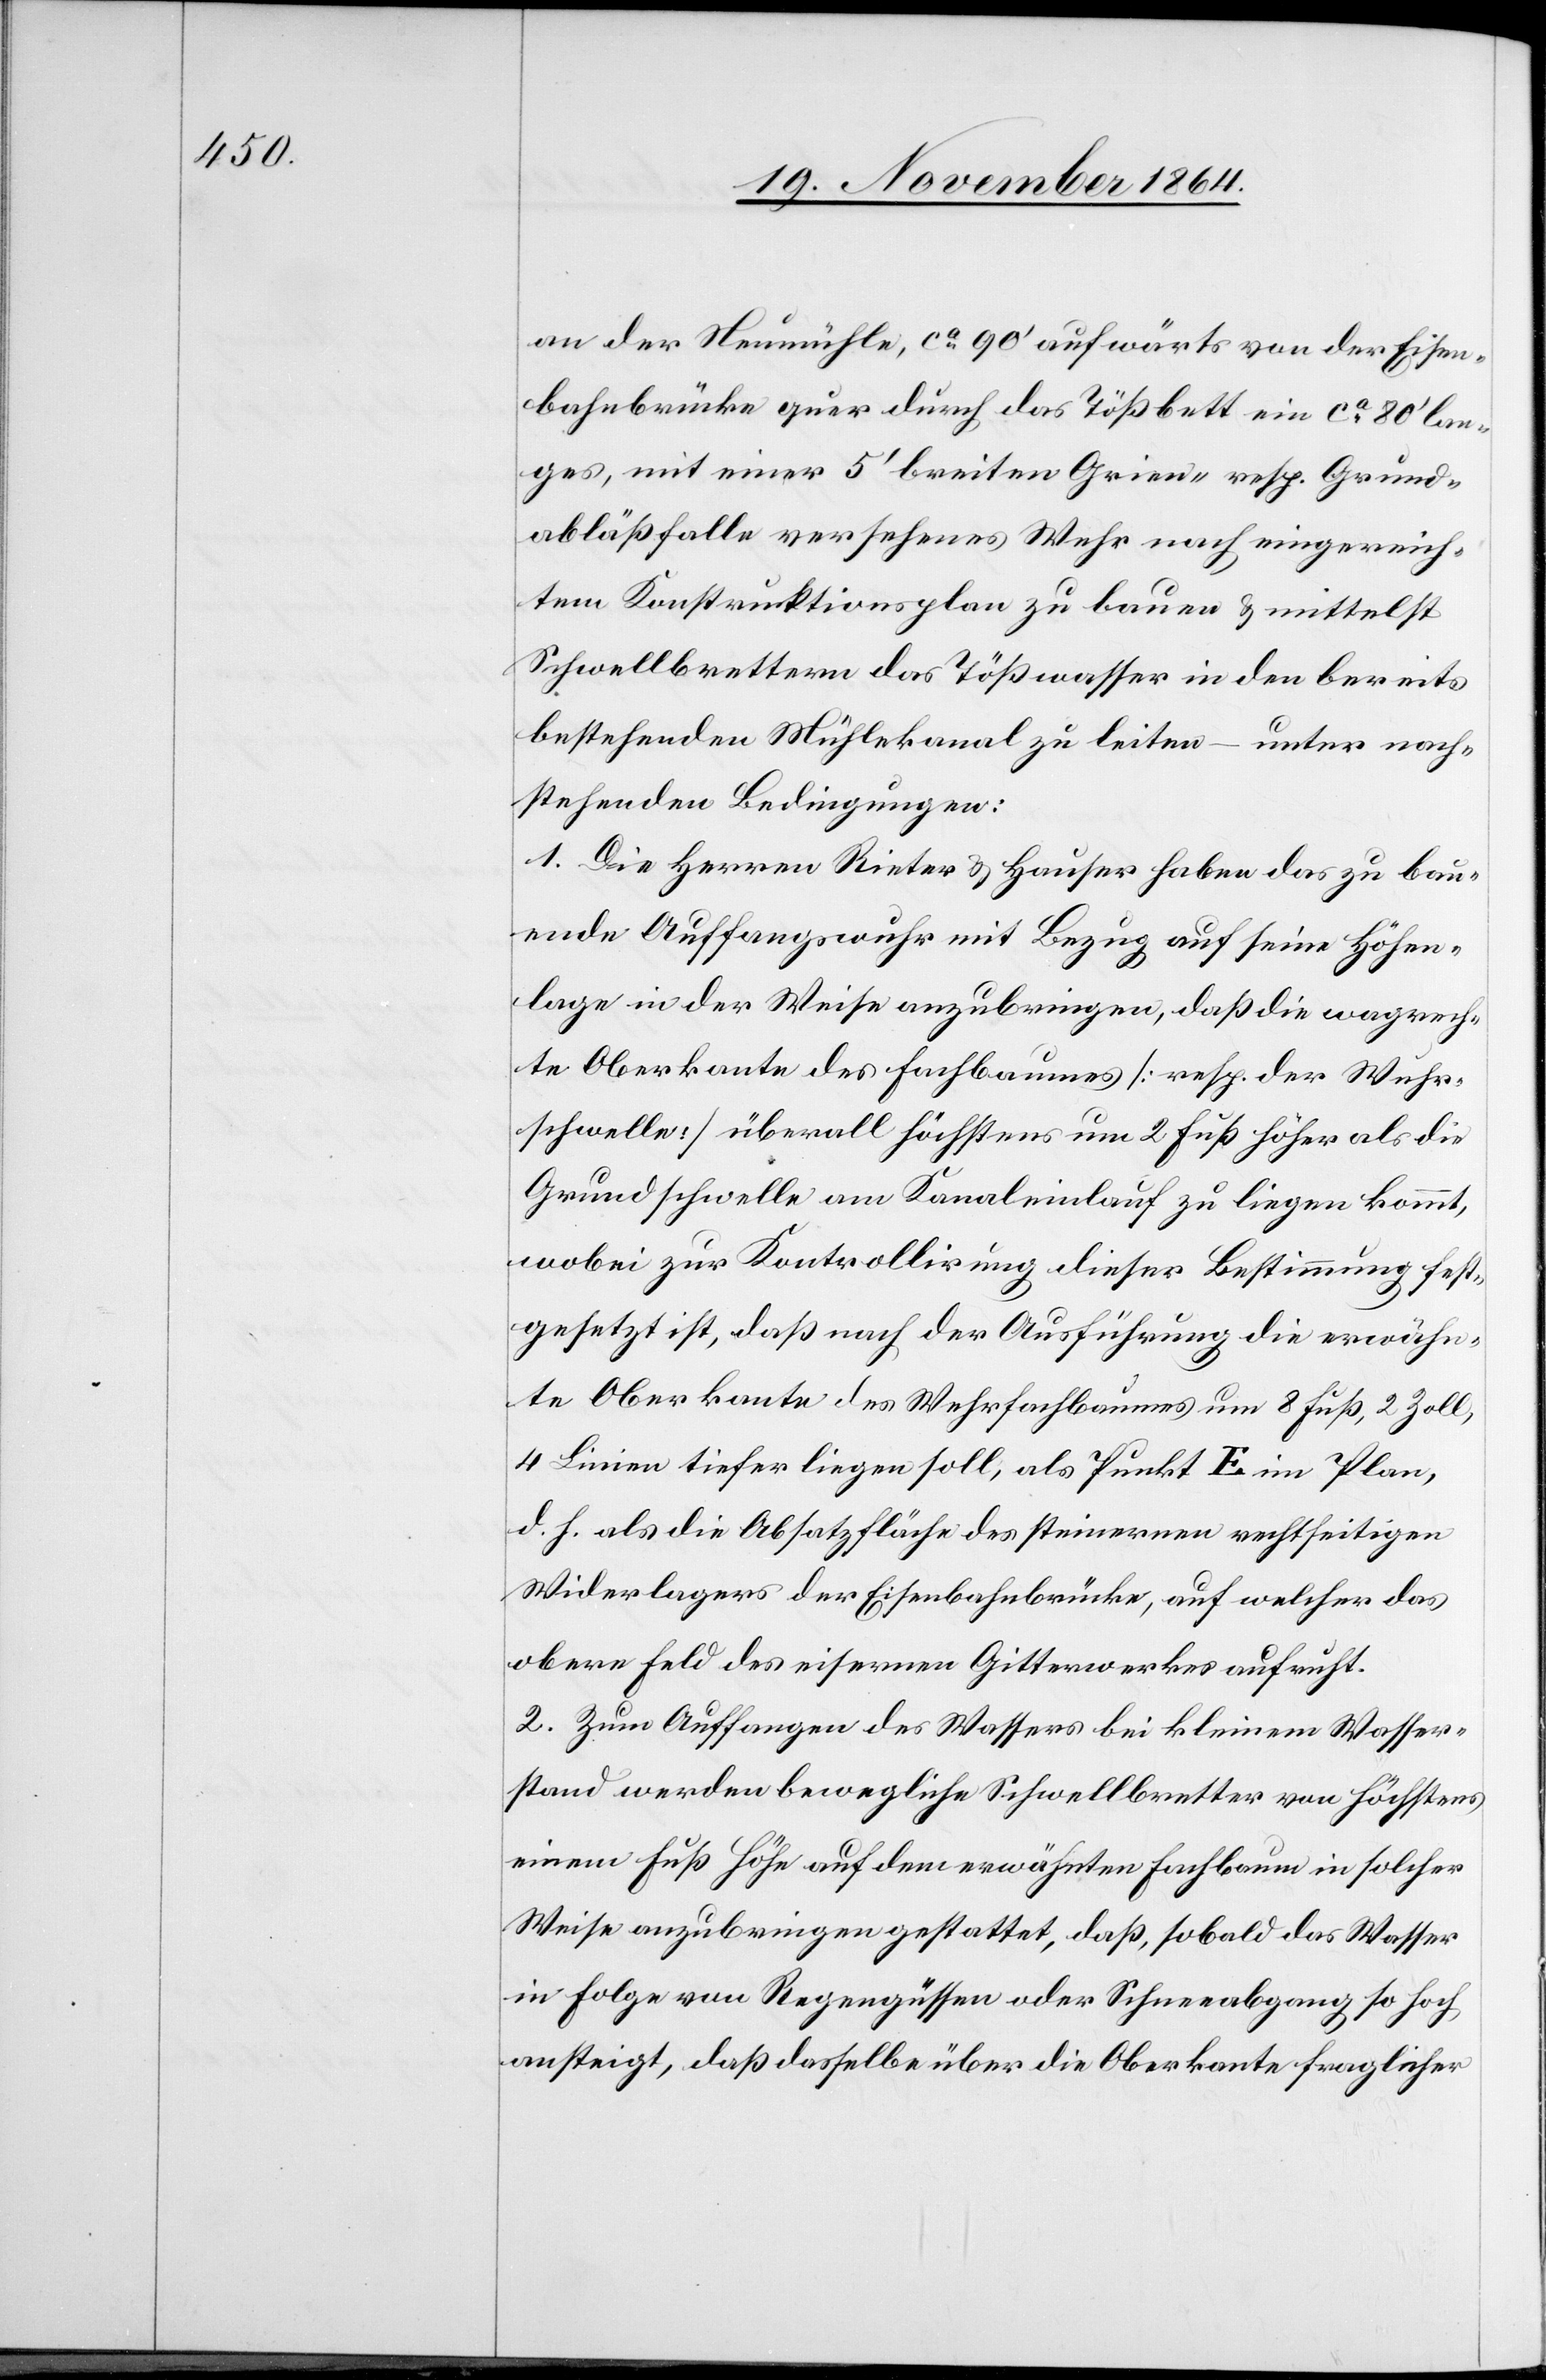
an der Neumühle, ca 90’ aufwärts von der Eisen¬
bahnbrücke quer durch das Tößbett ein ca 80’ lan¬
ges, mit einer 5’ breiten Grien- resp. Grund¬
abläßfalle [sic!] versehenes Wehr nach eingereich¬
tem Konstruktionsplan zu bauen & mittelst
Schwellbretten das Tößwasser in den bereits
bestehenden Mühlekanal zu leiten – unter nach¬
stehenden Bedingungen:
1. Die Herren Rieter & Hauser haben das zu bau¬
ende Auffangswuhr mit Bezug auf seine Höhen¬
lage in der Weise anzubringen, daß die wa[a]grech¬
te Oberkante des Fachbaumes [resp. der Wuhr¬
schwelle] überall höchstens um 2 Fuß höher als die
Grundschwelle am Kanaleinlauf zu liegen kommt,
wobei zur Kontrolirung dieser Bestimmung fest¬
gesetzt ist, daß nach der Ausführung die erwähn¬
te Oberkante des Wehrfachbaumes um 8 Fuß, 2 Zoll,
4 Linien tiefer liegen soll, als Punkt E im Plan,
d. h. als die Absatzfläche des steinernen rechtseitigen
Widerlages der Eisenbahnbrücke, auf welcher das
obere Feld des eisernen Gitterwerkes aufruht.
2. Zum Auffangen des Wassers bei kleinem Wasser¬
stand werden bewegliche Schwellbretter von höchstens
einem Fuß Höhe auf dem erwähnten Fachbaum in solcher
Weise anzubringen gestattet, daß, sobald das Wasser
in Folge von Regengüssen oder Schneeabgang so hoch
ansteigt, daß dasselbe über die Oberkante fraglicher